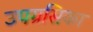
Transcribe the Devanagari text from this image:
उपग्रसिका